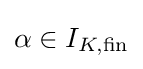
\alpha \in I_{K,{\text{fin}}}